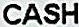
CASH